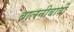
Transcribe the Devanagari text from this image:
बालनीबार्बी